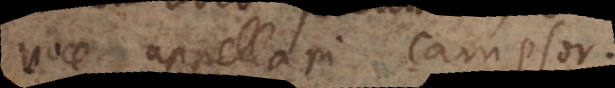
voce appellari campsor.